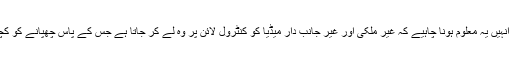
کیجریوال نے سوال تو بڑے بھولپن سے پوچھے پتا نہیں وہ اتنے بھولے ہیں بھی یا نہیں، لیکن انہیں یہ معلوم ہونا چاہیے کہ غیر ملکی اور غیر جانب دار میڈیا کو کنٹرول لائن پر وہ لے کر جاتا ہے جس کے پاس چھپانے کو کچھ نہیں ہوتا، مودی سرکار غیر ملکی میڈیا تو کیا اپنے میڈیا کو ہی کنٹرول لائن پر لے جائے؟